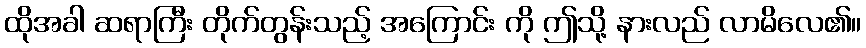
ထိုအခါ ဆရာကြီး တိုက်တွန်းသည့် အကြောင်း ကို ဤသို့ နားလည် လာမိလေ၏။